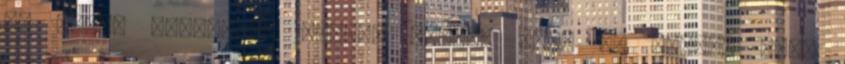
ők pedig szociális alapon látják át”. Az üresen álló